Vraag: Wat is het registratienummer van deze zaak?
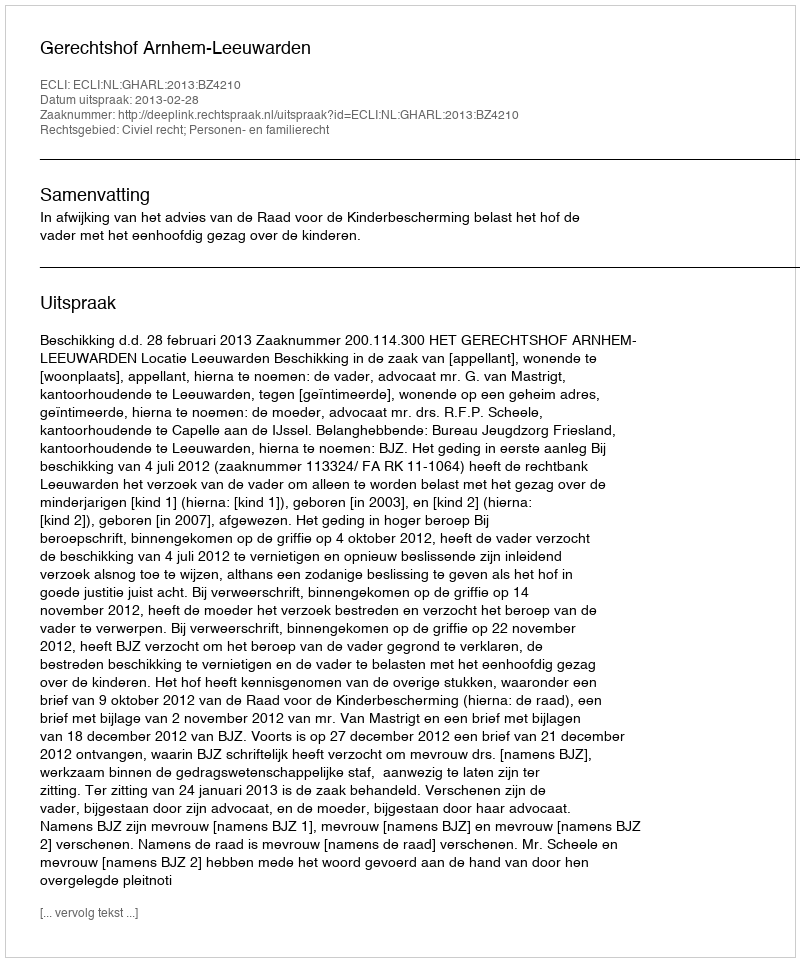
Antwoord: http://deeplink.rechtspraak.nl/uitspraak?id=ECLI:NL:GHARL:2013:BZ4210